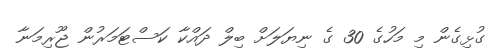
ގުޅިގެން މި މަހުގެ 30 ގެ ނިިޔަލަށް ބިލް ދައްކާ ކަސްޓަމަރުން ޖޫރިމަނާ